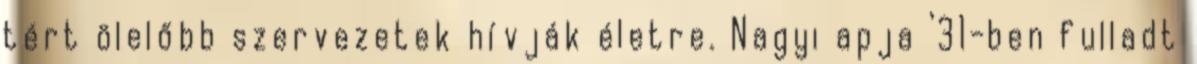
tért ölelőbb szervezetek hívják életre. Nagyi apja ’31-ben fulladt